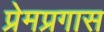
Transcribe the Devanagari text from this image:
प्रेमप्रगास